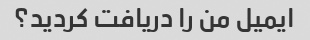
ایمیل من را دریافت کردید؟